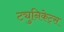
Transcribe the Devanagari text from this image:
ट्युनिकेट्स